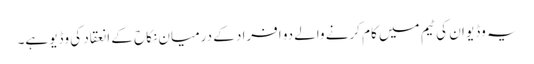
یہ وڈیو ان کی ٹیم میں کام کرنے والے دو افراد کے درمیان نکاح کے انعقاد کی وڈیو ہے۔